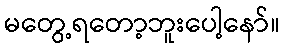
မတွေ့ရတော့ဘူးပေါ့နော်။